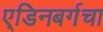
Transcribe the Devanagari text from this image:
ए्डिनबर्गचा